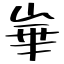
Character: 崋